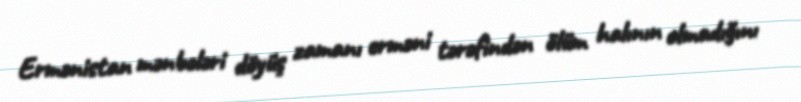
Ermənistan mənbələri döyüş zamanı erməni tərəfindən ölüm halının olmadığını